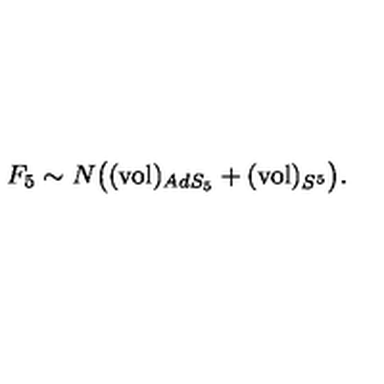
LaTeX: F _ { 5 } \sim N \big ( ( \mathrm { v o l } ) _ { A d S _ { 5 } } + ( \mathrm { v o l } ) _ { S ^ { 5 } } \big ) .